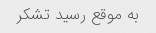
به موقع رسید تشکر